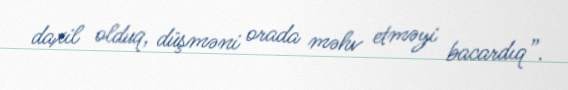
daxil olduq, düşməni orada məhv etməyi bacardıq”.